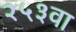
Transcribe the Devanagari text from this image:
२५३वा